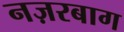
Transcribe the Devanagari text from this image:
नज़रबाग